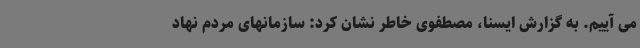
می آییم. به گزارش ایسنا، مصطفوی خاطر نشان کرد: سازمانهای مردم نهاد